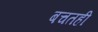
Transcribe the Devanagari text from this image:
बचतही